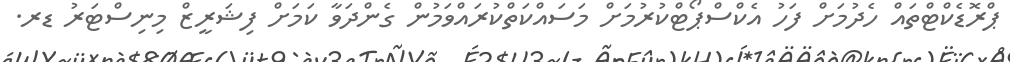
ޕްރޮޑެކްޓްތައް ހެދުމަށް ފަހު އެކްސްޕޯޓްކުރުމަށް މަސައްކަތްކުރައްވަމުން ގެންދަވާ ކަމަށް ފިޝަރީޒް މިނިސްޓަރު ޑރ.